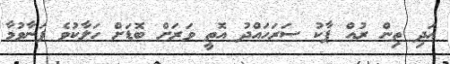
އަދި ތިން ރުއް ޕާކު ސަރަހައްދު އޮތީ ވަރަށް ބޮޑަށް ހަލާކުވެ ފަނާވުމާ